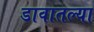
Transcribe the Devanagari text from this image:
डावातल्या